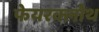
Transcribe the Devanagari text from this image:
फेयरक्लोथ